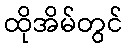
ထိုအိမ်တွင်